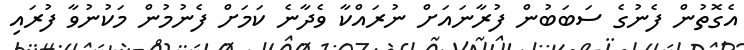
އެގޮތުން ފެނުގެ ސަބަބުން ފުރާނައަށް ނުރައްކާ ވެދާނެ ކަމަށް ފެނުމުން މަކުނުވާ ފުރައި